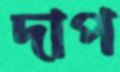
দাপ